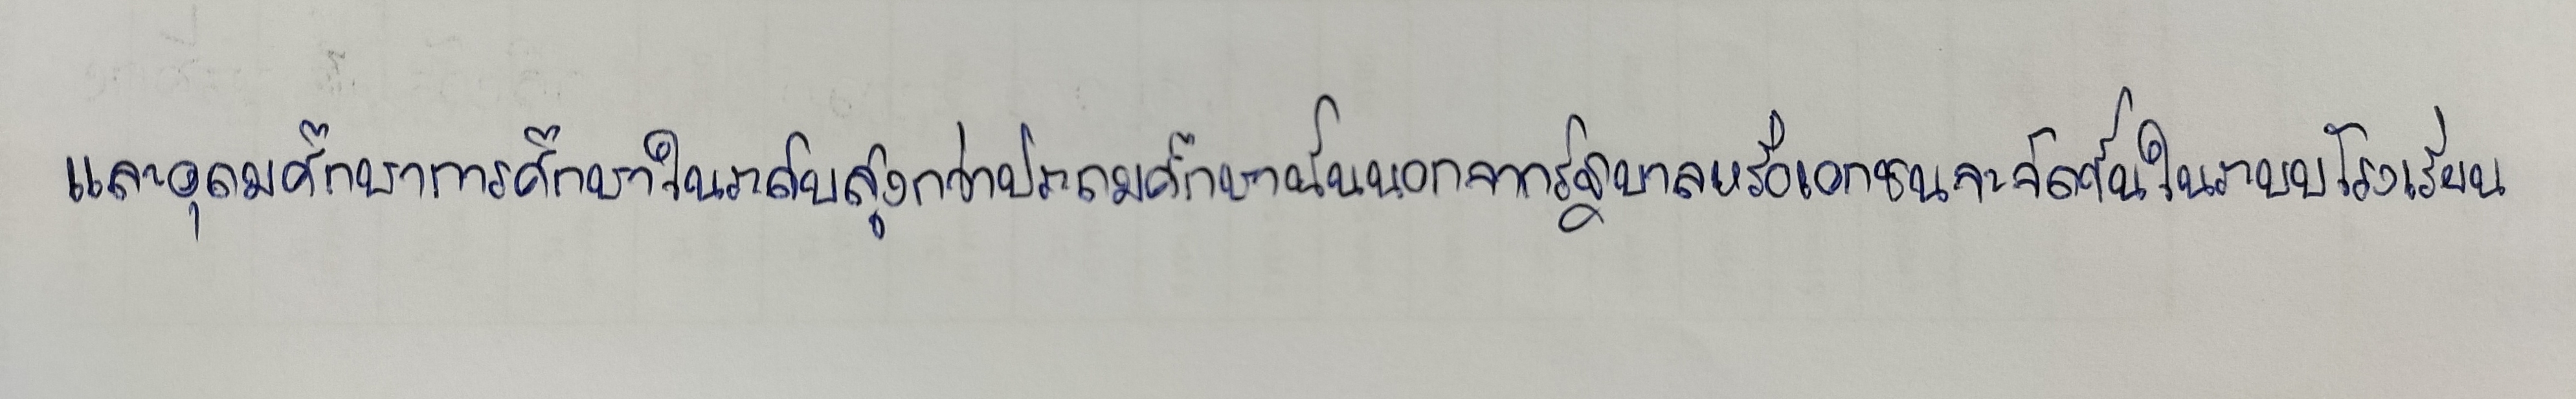
และอุดมศึกษาการศึกษาในระดับสูงกว่าประถมศึกษานั้นนอกจากรัฐบาลหรือเอกชนจะจัดขึ้นในระบบโรงเรียน